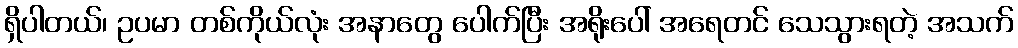
ရှိပါတယ်၊ ဥပမာ တစ်ကိုယ်လုံး အနာတွေ ပေါက်ပြီး အရိုးပေါ် အရေတင် သေသွားရတဲ့ အသက်